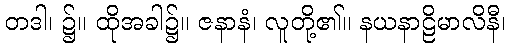
တဒါ၊ ၌။ ထိုအခါ၌။ ဇနာနံ၊ လူတို့၏။ နယနာဠိမာလိနီ၊